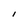
Character: I